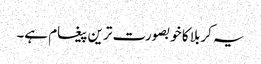
یہ کربلا کا خوبصورت ترین پیغام ہے۔